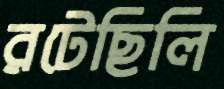
রটেছিলি